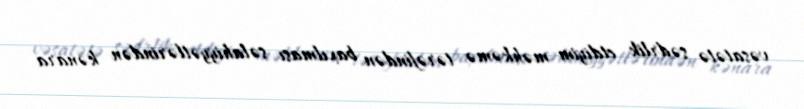
vəsatətə sədrlik etdiyim məhkəmə tərəfindən baxılması səlahiyyətlərindən kənara